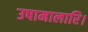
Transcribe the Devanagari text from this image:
उषामालारि।